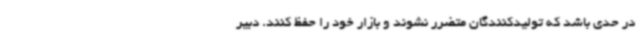
در حدی باشد که تولیدکنندگان متضرر نشوند و بازار خود را حفظ کنند. دبیر